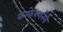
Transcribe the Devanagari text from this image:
कन्फेक्शनेरी